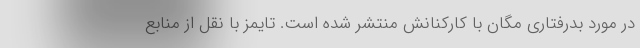
در مورد بدرفتاری مگان با کارکنانش منتشر شده است. تایمز با نقل از منابع